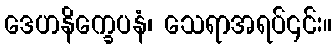
ဒေဟနိက္ခေပနံ၊ သေရာအရပ်၎င်း။